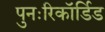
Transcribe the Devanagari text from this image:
पुनःरिकॉर्डिड